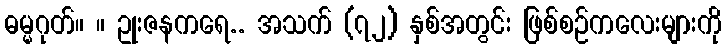
ဓမ္မဂုတ်။ ။ ဥုးဇနကရေ.. အသက် (၇၂) နှစ်အတွင်း ဖြစ်စဉ်ကလေးများကို